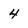
Character: 4